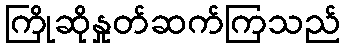
ကြိုဆိုနှုတ်ဆက်ကြသည်